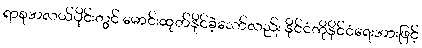
ရာစုအလယ်ပိုင်းတွင် မောင်းထုတ်နိုင်ခဲ့သော်လည်း နိုင်ငံကိုနိုင်ငံရေးအားဖြင့်